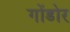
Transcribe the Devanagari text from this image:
गोंडोर